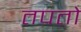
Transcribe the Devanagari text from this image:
तपतो